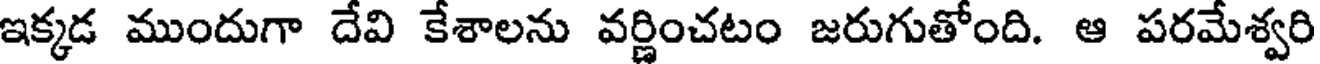
ఇక్కడ ముందుగా దేవి కేశాలను వర్ణించటం జరుగుతోంది. ఆ పరమేశ్వరి